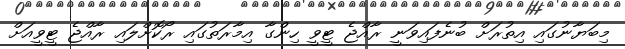
މިބަޔާނުގައި އިތުރަށް ބުނެފައިވަނީ ރާއްޖެ ޓީވީ ހިންގާ އިމާރަތުގައި ރޯކޮށްލައި ރާއްޖެ ޓީވީއަށް